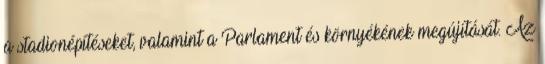
a stadionépítéseket, valamint a Parlament és környékének megújítását. Az